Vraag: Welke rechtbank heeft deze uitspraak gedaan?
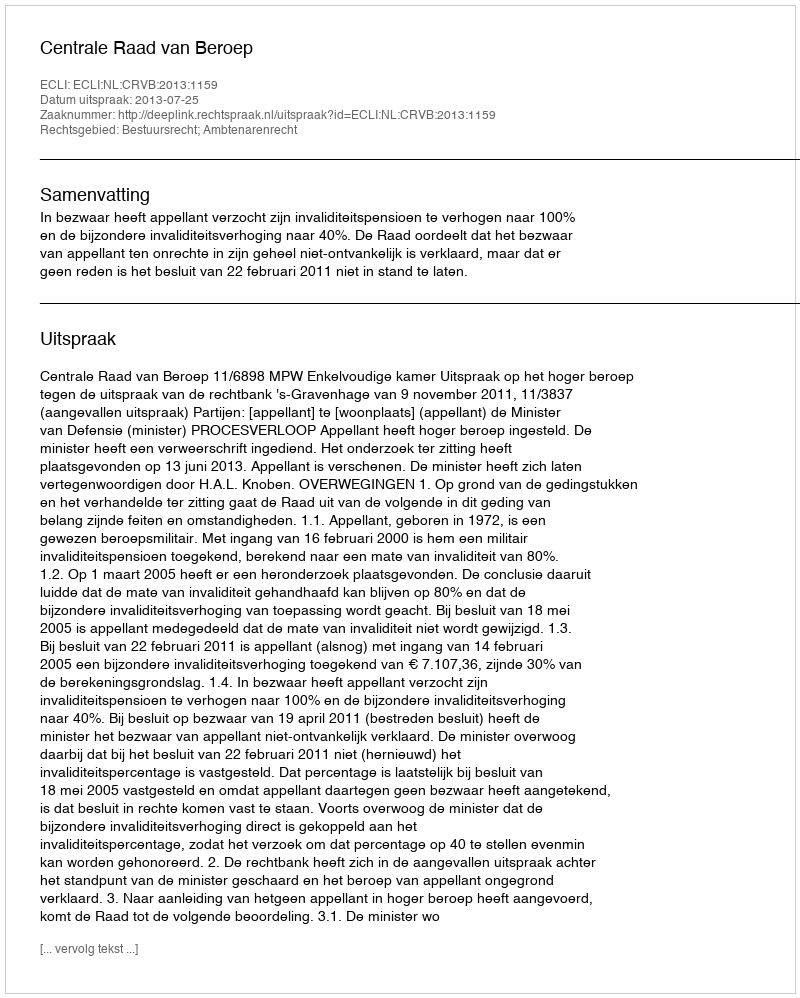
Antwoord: Centrale Raad van Beroep